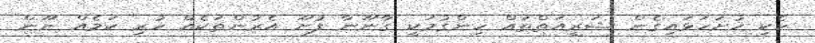
ހެކި ހުށަހަޅައިގެން ޝަރީއަތްތައް ހިންގުމަކީ ގާނޫނާ ފުށޫ އެރުންތަކެއް ހުރި ކަމެއް ނޫން